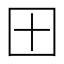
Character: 𫭂